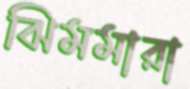
ঝিমমারা